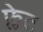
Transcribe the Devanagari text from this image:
फ्लेट